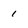
Character: 1